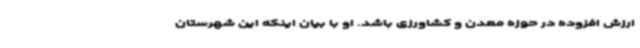
ارزش افزوده در حوزه معدن و کشاورزی باشد. او با بیان اینکه این شهرستان